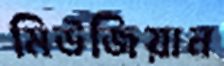
মিউজিয়ান